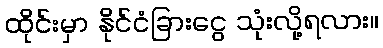
ထိုင်းမှာ နိုင်ငံခြားငွေ သုံးလို့ရလား။